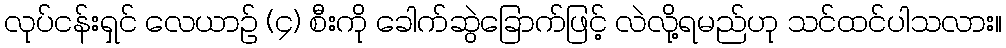
လုပ်ငန်းရှင် လေယာဉ် (၄) စီးကို ခေါက်ဆွဲခြောက်ဖြင့် လဲလို့ရမည်ဟု သင်ထင်ပါသလား။